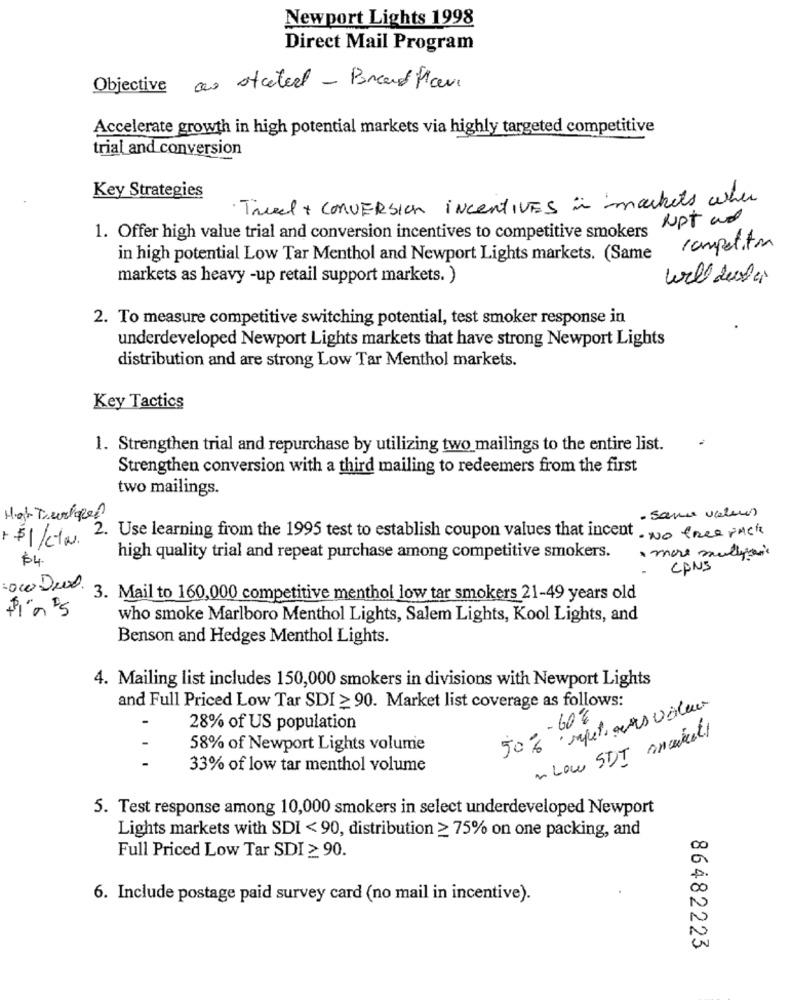
Newport Lights 1998
Direct Mail Program
Objective as stated - Bread Plave
Accelerate growth in high potential markets via highly targeted competitive
trial and conversion
Key Strategies
· Trial + CONVERSION incentiVES i markets when
NOT and
1. Offer high value trial and conversion incentives to competitive smokers
competition
in high potential Low Tar Menthol and Newport Lights markets. (Same
markets as heavy -up retail support markets. )
will deal
2. To measure competitive switching potential, test smoker response in
underdeveloped Newport Lights markets that have strong Newport Lights
distribution and are strong Low Tar Menthol markets.
Key Tactics
1. Strengthen trial and repurchase by utilizing two mailings to the entire list.
Strengthen conversion with a third mailing to redeemers from the first
two mailings.
- sama values
Hat Tiurlare
+ $1/12. 2. Use learning from the 1995 test to establish coupon values that incent . No free pack
$4
high quality trial and repeat purchase among competitive smokers.
· mare mulligan
CANS
wow Det.
3. Mail to 160,000 competitive menthol low tar smokers 21-49 years old
who smoke Marlboro Menthol Lights, Salem Lights, Kool Lights, and
Benson and Hedges Menthol Lights.
4. Mailing list includes 150,000 smokers in divisions with Newport Lights
and Full Priced Low Tar SDI > 90. Market list coverage as follows:
50% repeti ans voler
- 60%
28% of US population
~ Low STI ancients
-
58% of Newport Lights volume
-
33% of low tar menthol volume
5. Test response among 10,000 smokers in select underdeveloped Newport
Lights markets with SDI < 90, distribution > 75% on one packing, and
Full Priced Low Tar SDI ≥ 90.
6. Include postage paid survey card (no mail in incentive).
86482223